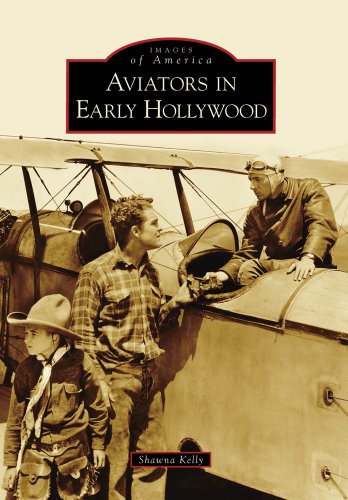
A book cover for Aviators in Early Hollywood (Images of America: California); Shawna Kelly; Arts & Photography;